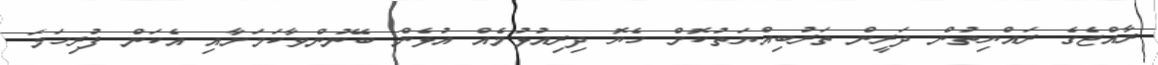
ރާއްޖެގެ ރައްޔިތުން ދަރީން ތަރުބިއްޔަތުކޮށް ހެޔޮ ދިރިއުޅުމެއް އުޅެން ބޭނުންވާކަމަށާއި އެކަން ފުރިހަމަ